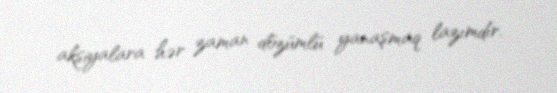
aksiyalara hər zaman dözümlü yanaşmaq lazımdır.